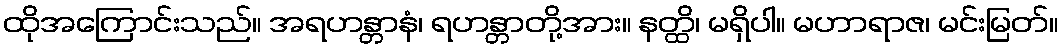
ထိုအကြောင်းသည်။ အရဟန္တာနံ၊ ရဟန္တာတို့အား။ နတ္ထိ၊ မရှိပါ။ မဟာရာဇ၊ မင်းမြတ်။